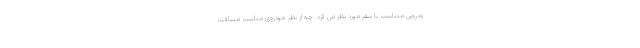
ودرویی متناسب با سفر مورد نظر می کرد. چه از نظر خودروی مناسب مسافت